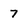
Character: 7